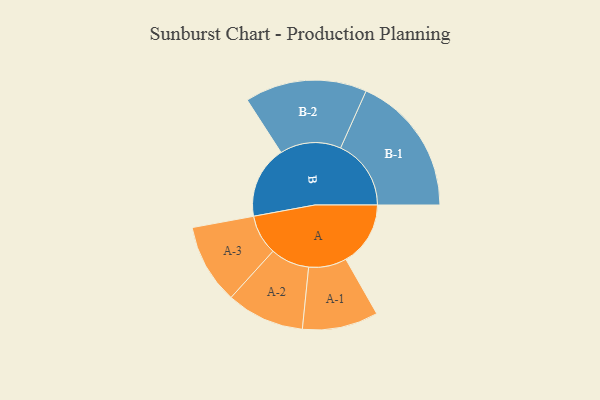
{"axis": {"x": "Segment", "y": "Value"}, "legend": ["", "A", "B"], "data": [{"x": "A", "y": 252, "type": ""}, {"x": "B", "y": 282, "type": ""}, {"x": "A-1", "y": 148, "type": "A"}, {"x": "A-2", "y": 152, "type": "A"}, {"x": "A-3", "y": 156, "type": "A"}, {"x": "B-1", "y": 275, "type": "B"}, {"x": "B-2", "y": 238, "type": "B"}]}